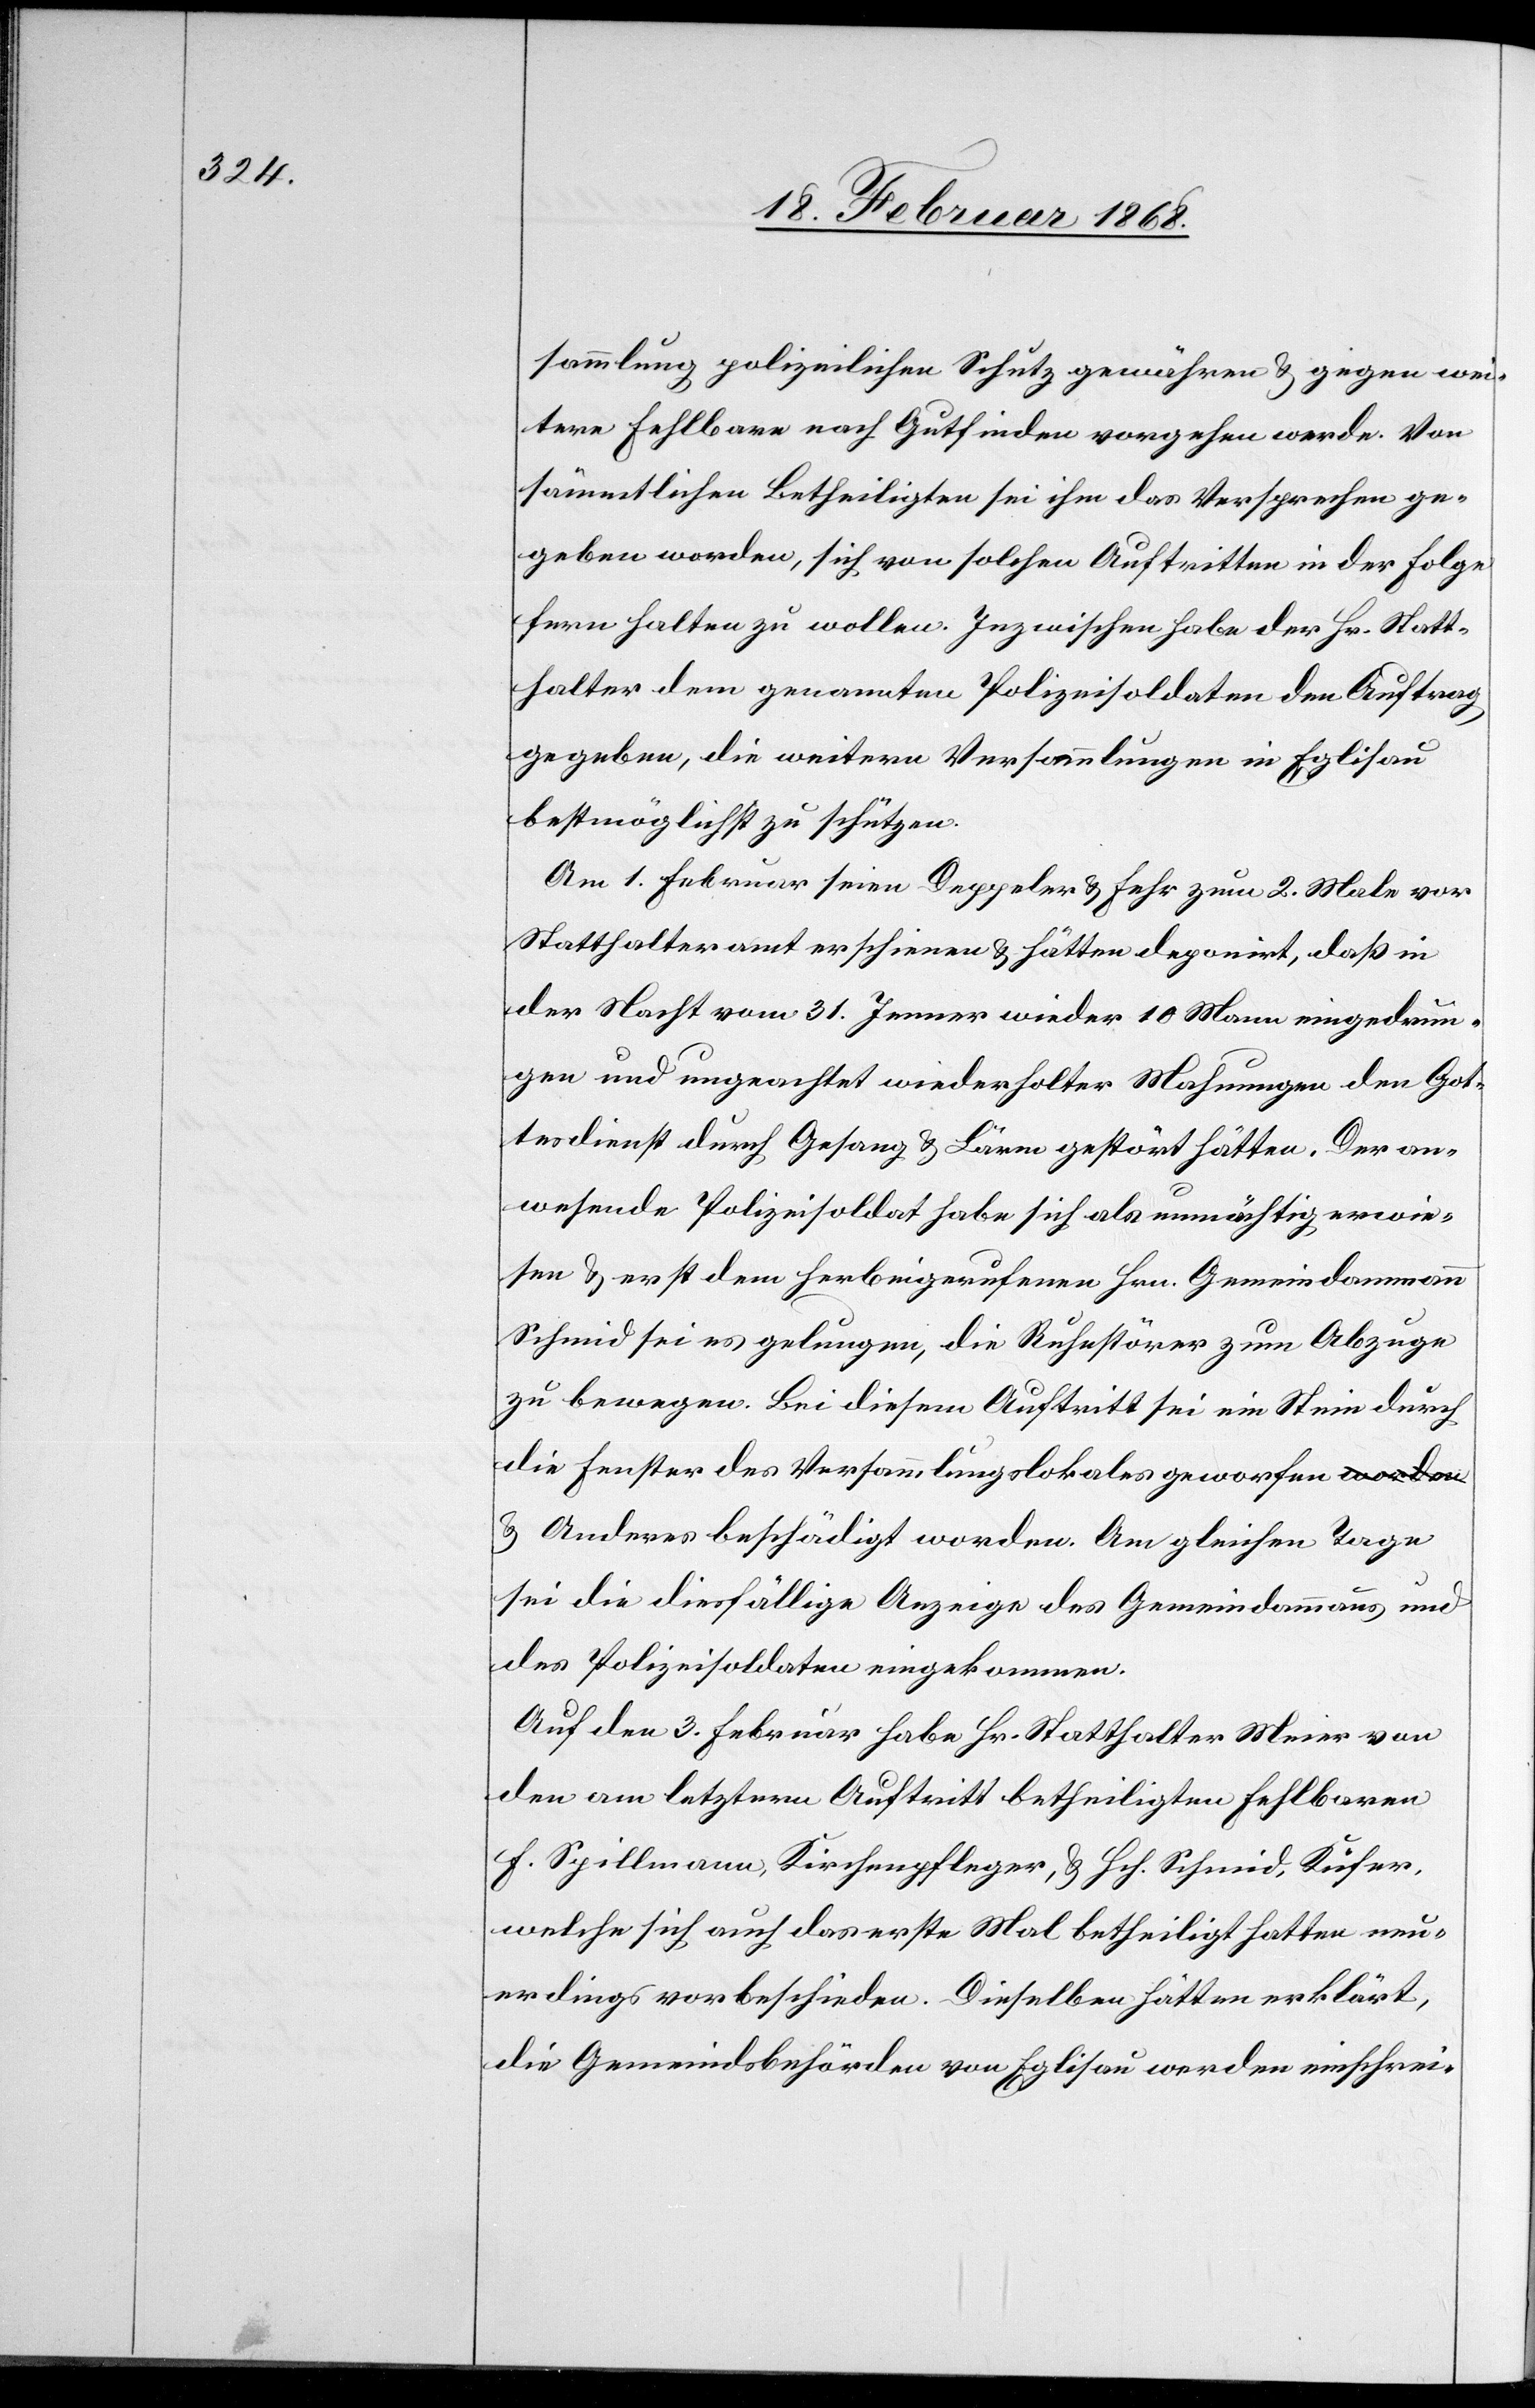
sammlung polizeilichen Schutz gewähren & gegen wei¬
tere Fehlbare nach Gutfinden vorgehen werde. Von
sämmtlichen Betheiligten sei ihm das Versprechen ge¬
geben worden, sich von solchen Auftritten in der Folge
fern halten zu wollen. Inzwischen habe der Hr. Statt¬
halter dem genannten Polizeisoldaten den Auftrag
gegeben, die weitern Versammlungen in Eglisau
bestmöglichst zu schützen.
Am 1. Februar seien Deppeler & Fehr zum 2. Male vor
Statthalteramt erschienen & hätten deponirt, daß in
der Nacht vom 31. Jenner wieder 10 Mann eingedrun¬
gen und ungeachtet wiederholter Mahnungen den Got¬
tesdienst durch Gesang & Lärm gestört hätten. Der an¬
wesende Polizeisoldat habe sich als unmächtig erwie¬
sen & erst dem herbeigerufenen Hrn. Gemeindammann
Schmid sei es gelungen, die Ruhestörer zum Abzuge
zu bewegen. Bei diesem Auftritt sei ein Stein durch
die Fenster des Versammlungslokales geworfen
& Anderes beschädigt worden. Am gleichen Tage
sei die diesfällige Anzeige des Gemeindammanns und
des Polizeisoldaten eingekommen.
Auf den 3. Februar habe Hr. Statthalter Meier von
den am letztern Auftritt betheiligten Fehlbaren
F. Spillmann, Kirchenpfleger, & Hch. Schmid, Küfer,
welche sich auch das erste Mal betheiligt hatten neu¬
erdings vorbeschieden. Dieselben hätten erklärt,
die Gemeindsbehörden von Eglisau werden einschrei-